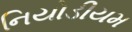
નિયોડીયમ